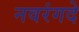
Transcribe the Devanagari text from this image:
नवरंगदे